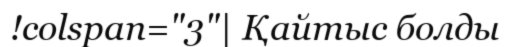
!colspan="3"| Қайтыс болды